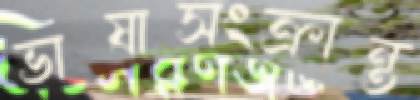
ভাষাসংক্রান্ত